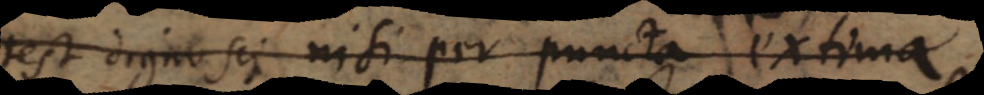
potest dignosci nisi per puncta e